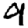
Digit: 9